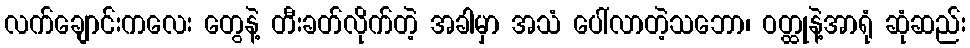
လက်ချောင်းကလေး တွေနဲ့ တီးခတ်လိုက်တဲ့ အခါမှာ အသံ ပေါ်လာတဲ့သဘော၊ ဝတ္ထုနဲ့အာရုံ ဆုံဆည်း